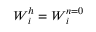
\boldsymbol { W } _ { i } ^ { h } = \boldsymbol { W } _ { i } ^ { n = 0 }